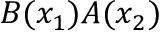
B ( x _ { 1 } ) A ( x _ { 2 } )